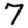
Digit: 7